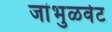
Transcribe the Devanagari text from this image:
जांभुळवेट